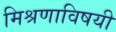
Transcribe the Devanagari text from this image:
मिश्रणाविषयी